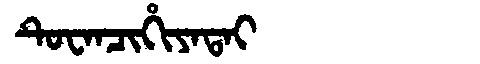
Manchu: ᡨᡠᠸᠠᠨᠴᡳᡥᡳᠶᠠᡨᠠᡳ
Romanization: TUWANCIHIYATAI